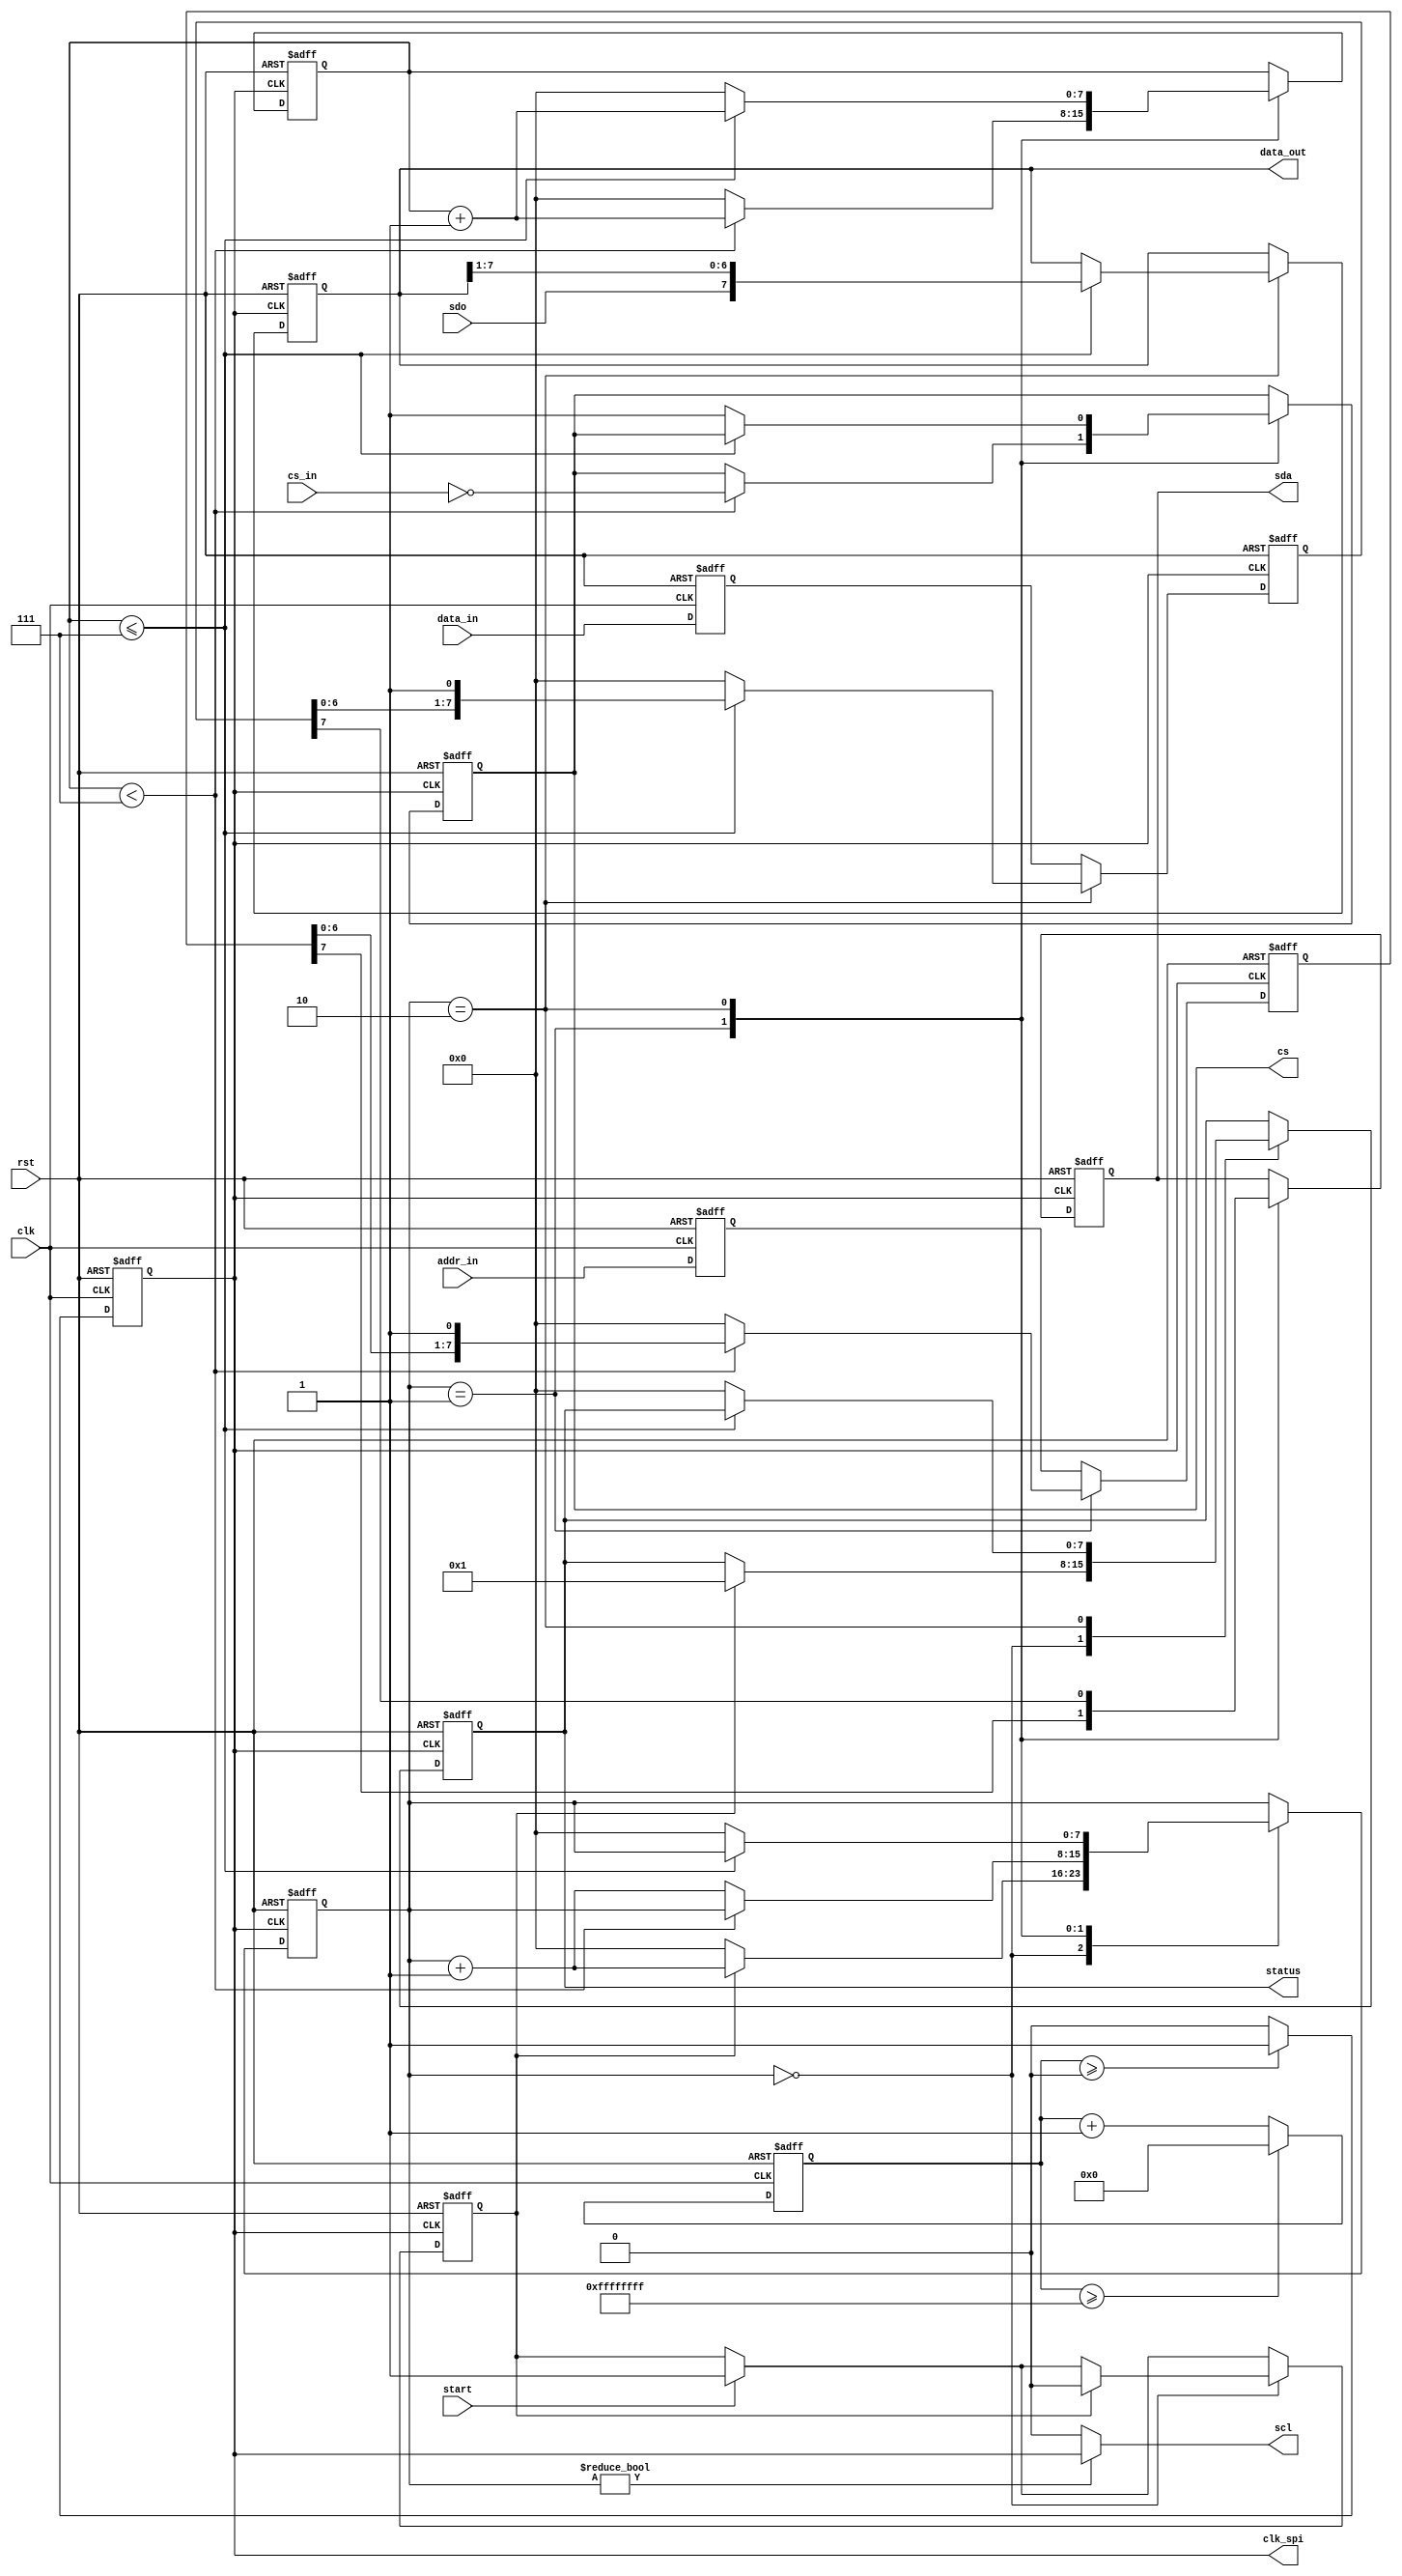
`timescale 1ns / 1ps
module my_spi #(
	parameter DATA_WIDTH = 8,
	parameter ADDR_WIDTH = 8,
	parameter BIT_ORDER  = 0, // 0 - MSB first | 1 - LSB first
	parameter CS_NUM     = 1,
	parameter EDGE	     = 0, // data on posedge / negedge
	parameter PRESCALER = 16'h0000 
)
(
	input 			clk,
	input 			rst,
	input  [DATA_WIDTH-1:0]	data_in,
	input  [ADDR_WIDTH-1:0]	addr_in,
	input  [CS_NUM-1:0]	cs_in,
	output [DATA_WIDTH-1:0]	data_out,
	output [7:0]		status,
	input 			start,
	output 			scl,
	output 			sda,
	input 			sdo,
	output [CS_NUM-1:0]	cs,
	output reg		clk_spi

);
	localparam [16:0]prescaler_2 = PRESCALER + PRESCALER;
	//==================================
	reg [DATA_WIDTH-1:0] reg_data_in;
	reg [ADDR_WIDTH-1:0] reg_addr_in;
	reg [DATA_WIDTH-1:0] reg_data_out;
	reg [7:0] reg_status;
	reg reg_start;
	reg [15:0] clk_count;
	//reg clk_spi;
	reg reg_sda;
	reg [7:0] state;
	reg [DATA_WIDTH-1:0] reg_shift;
	reg [ADDR_WIDTH-1:0] reg_shift_adr;
	reg [7:0] count_bit;
	reg [CS_NUM-1:0] reg_cs;
	
	//==================================
	always@(posedge clk, posedge rst) begin : making_bit_clk
		if(rst) begin 
			reg_data_in[DATA_WIDTH-1:0] <= 0;
			reg_addr_in[ADDR_WIDTH-1:0] <= 0;
			//reg_data_out[DATA_WIDTH-1:0] <= 0;
			//reg_status[7:0] <= 8'b0;
			
			clk_count[15:0] <= 16'b0;
			clk_spi <= 1'b0;
		end
		else begin 
			reg_data_in[DATA_WIDTH-1:0] <= data_in[DATA_WIDTH-1:0];
			reg_addr_in[ADDR_WIDTH-1:0] <= addr_in[ADDR_WIDTH-1:0];
			

			//clk_count[15:0] <= clk_count[15:0] + 1'b1;
			if (clk_count[15:0] >= PRESCALER) clk_spi <= 1'b1;
				//clk_count[15:0] <= 16'b0;
			else clk_spi <= 0;
			if (clk_count[15:0] >= prescaler_2-1) clk_count[15:0] <= 16'b0;
			else clk_count[15:0] <= clk_count[15:0] + 8'b1;
			
		end
	end

	
	generate if(EDGE==1)
	//-----------------------------------------------------------------------------------------------------------
	always@(negedge clk_spi, posedge rst) begin : negedge_spi
		if(rst) begin
			reg_sda <= 1;
			state[7:0] <= 0;
			reg_start <= 1'b0;
			reg_shift[DATA_WIDTH-1:0] <= 0;
			reg_shift_adr[ADDR_WIDTH-1:0] <= 0;
			count_bit[7:0] <= 8'h0;
			reg_data_out[DATA_WIDTH-1:0] <= 0;
			reg_cs[CS_NUM-1:0] <= {CS_NUM{1'b1}};
			reg_status[7:0] <= 8'b0;
			//data_out_valid <= 1'b0; //-- ?? ?????
		end
		else begin
			reg_shift_adr[ADDR_WIDTH-1:0] <= reg_addr_in[ADDR_WIDTH-1:0];
			reg_shift[DATA_WIDTH-1:0] <= reg_data_in[DATA_WIDTH-1:0];
			if (start)reg_start <= 1'b1;
			case(state[7:0])
				8'h00 : begin
					if(reg_start) begin
						state[7:0]<= state[7:0] + 8'b1;
						reg_start <= 1'b0;
						reg_status[7:0] <= 8'b1;
					end 
					else state[7:0]<= 8'b0;
				end
				8'h01 : begin
					count_bit[7:0] <= count_bit[7:0] + 8'h1;
					if(BIT_ORDER == 0) reg_sda <= reg_shift_adr[ADDR_WIDTH-1];
					else reg_sda <= reg_shift_adr[0];
					if(count_bit[7:0] < ADDR_WIDTH-1) begin
						if(BIT_ORDER == 0) reg_shift_adr[ADDR_WIDTH-1:0] <= {reg_shift_adr[ADDR_WIDTH-2:0],1'b1};
						else reg_shift_adr[ADDR_WIDTH-1:0] <= {1'b1,reg_shift_adr[ADDR_WIDTH-1:1]};
						//reg_cs[CS_NUM-1:0] <={CS_NUM{1'b0}};
						reg_cs[CS_NUM-1:0] <= ~cs_in[CS_NUM-1:0];
					end
					else begin 
						reg_shift_adr[ADDR_WIDTH-1:0] <= 0;
						count_bit[7:0] <= 8'h0;
						state[7:0]<= state[7:0] + 8'b1;
						
					end
					
				end
				8'h02 : begin
					count_bit[7:0] <= count_bit[7:0] + 8'h1;
					if(BIT_ORDER == 0) reg_sda <= reg_shift[DATA_WIDTH-1];
					else reg_sda <= reg_shift[0];
					if(count_bit[7:0] <= DATA_WIDTH-1) begin
						if(BIT_ORDER == 0) begin
							reg_shift[DATA_WIDTH-1:0] <= {reg_shift[DATA_WIDTH-2:0],1'b1};
							reg_data_out[DATA_WIDTH-1:0] <= {sdo,reg_data_out[DATA_WIDTH-1:1]};
						end
						else begin
							reg_shift[DATA_WIDTH-1:0] <= {1'b1,reg_shift[DATA_WIDTH-1:1]};
							reg_data_out[DATA_WIDTH-1:0] <= {reg_data_out[DATA_WIDTH-2:0],sdo};
						end

					end
					else begin
						reg_shift[DATA_WIDTH-1:0] <= 0;
						count_bit[7:0] <= 8'h0;
						reg_cs[CS_NUM-1:0] <={CS_NUM{1'b1}};
						state[7:0]<= 8'h00;
						reg_status[7:0] <= 8'b0;
						//data_out_valid <= 1'b1
					end
					
				end
				
			endcase	
		end
	end
	//-------------------------------------------------------------------------------------------------------------------
	else

	always@(posedge clk_spi, posedge rst) begin : posedge_spi
		if(rst) begin
			reg_sda <= 1;
			state[7:0] <= 0;
			reg_start <= 1'b0;
			reg_shift[DATA_WIDTH-1:0] <= 0;
			reg_shift_adr[ADDR_WIDTH-1:0] <= 0;
			count_bit[7:0] <= 8'h0;
			reg_data_out[DATA_WIDTH-1:0] <= 0;
			reg_cs[CS_NUM-1:0] <= {CS_NUM{1'b1}};
			reg_status[7:0] <= 8'b0;
			//data_out_valid <= 1'b0; //-- ?? ?????
		end
		else begin
			reg_shift_adr[ADDR_WIDTH-1:0] <= reg_addr_in[ADDR_WIDTH-1:0];
			reg_shift[DATA_WIDTH-1:0] <= reg_data_in[DATA_WIDTH-1:0];
			if (start)reg_start <= 1'b1;
			case(state[7:0])
				8'h00 : begin
					if(reg_start) begin
						state[7:0]<= state[7:0] + 8'b1;
						reg_start <= 1'b0;
						reg_status[7:0] <= 8'b1;
					end 
					else state[7:0]<= 8'b0;
				end
				8'h01 : begin
					count_bit[7:0] <= count_bit[7:0] + 8'h1;
					if(BIT_ORDER == 0) reg_sda <= reg_shift_adr[ADDR_WIDTH-1];
					else reg_sda <= reg_shift_adr[0];
					if(count_bit[7:0] < ADDR_WIDTH-1) begin
						if(BIT_ORDER == 0) reg_shift_adr[ADDR_WIDTH-1:0] <= {reg_shift_adr[ADDR_WIDTH-2:0],1'b1};
						else reg_shift_adr[ADDR_WIDTH-1:0] <= {1'b1,reg_shift_adr[ADDR_WIDTH-1:1]};
						//reg_cs[CS_NUM-1:0] <={CS_NUM{1'b0}};
						reg_cs[CS_NUM-1:0] <= ~cs_in[CS_NUM-1:0];
					end
					else begin 
						reg_shift_adr[ADDR_WIDTH-1:0] <= 0;
						count_bit[7:0] <= 8'h0;
						state[7:0]<= state[7:0] + 8'b1;
					end
					
				end
				8'h02 : begin
					count_bit[7:0] <= count_bit[7:0] + 8'h1;
					if(BIT_ORDER == 0) reg_sda <= reg_shift[DATA_WIDTH-1];
					else reg_sda <= reg_shift[0];
					if(count_bit[7:0] <= DATA_WIDTH-1) begin
						if(BIT_ORDER == 0) begin
							reg_shift[DATA_WIDTH-1:0] <= {reg_shift[DATA_WIDTH-2:0],1'b1};
							reg_data_out[DATA_WIDTH-1:0] <= {sdo,reg_data_out[DATA_WIDTH-1:1]};
						end
						else begin
							reg_shift[DATA_WIDTH-1:0] <= {1'b1,reg_shift[DATA_WIDTH-1:1]};
							reg_data_out[DATA_WIDTH-1:0] <= {reg_data_out[DATA_WIDTH-2:0],sdo};
						end

					end
					else begin
						reg_shift[DATA_WIDTH-1:0] <= 0;
						count_bit[7:0] <= 8'h0;
						reg_cs[CS_NUM-1:0] <={CS_NUM{1'b1}};
						state[7:0]<= 8'h00;
						reg_status[7:0] <= 8'b0;
						//data_out_valid <= 1'b1
					end
					
				end
				
			endcase	
		end
	end
	//------------------------------------------------------------------------------------------------------------------	
	endgenerate

	//================================
	assign data_out[DATA_WIDTH-1:0] =  reg_data_out[DATA_WIDTH-1:0];
	assign status[7:0] = reg_status[7:0];
	assign cs[CS_NUM-1:0] = reg_cs[CS_NUM-1:0];
	assign sda = reg_sda;
	assign scl = (state[7:0]!= 0) ? clk_spi : 0;
endmodule